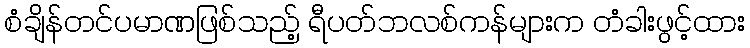
စံချိန်တင်ပမာဏဖြစ်သည့် ရီပတ်ဘလစ်ကန်များက တံခါးဖွင့်ထား